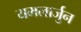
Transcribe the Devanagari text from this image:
यमलार्जुन